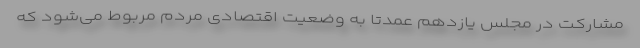
مشارکت در مجلس یازدهم عمدتا به وضعیت اقتصادی مردم مربوط می‌شود که